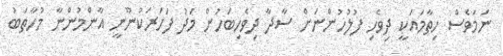
ނަމަވެސް ހިތާމައަކީ ދިވެހި ފުލުހުންނަށް ސާދާ ދިވެހިބަހުން މަދު ފަހަރަކުނޫނީ އާންމުންނާ މުހާތަބު